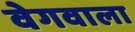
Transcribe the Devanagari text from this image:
वेगवाला